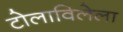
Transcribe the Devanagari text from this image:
टोलाविलेला